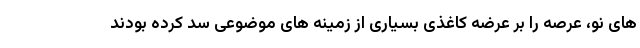
های نو، عرصه را بر عرضه کاغذی بسیاری از زمینه های موضوعی سد کرده بودند